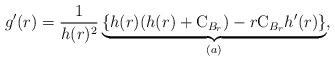
LaTeX: \begin{align*}g'(r) =\frac{1}{h(r)^2} \underbrace{\left\{h(r)(h(r)+\mathrm{C}_{B_r})-r\mathrm{C}_{B_r}h'(r)\right\}}_{(a)}, \end{align*}